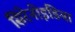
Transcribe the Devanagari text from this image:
सिरेनोइडिया